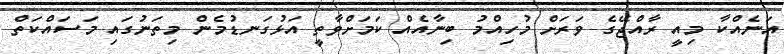
އަނެއްކާ މިއީ ރާއްޖޭގެ ވަރަށް މުހިއްމު ބިނާއެއް ކަމަށްވާތީ އަޅުގަނޑުމެން މިތަނުގައި މަސައްކަތް